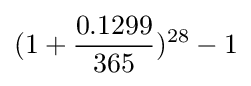
(1+{0.1299 \over 365})^{28}-1